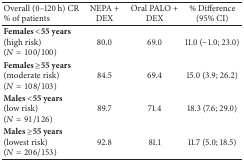
<table><thead><tr><td><b>Overall (0–120 h) CR % of patients </b></td><td><b>NEPA + DEX </b></td><td><b>Oral PALO + DEX</b></td><td><b>% Difference (95% CI)</b></td></tr></thead><tbody><tr><td><b>Females &lt;55 years</b> (high risk)(<i>N</i> = 100/100)</td><td>80.0</td><td>69.0</td><td>11.0 (−1.0; 23.0)</td></tr><tr><td><b>Females ≥55 years</b> (moderate risk)(<i>N</i> = 108/103)</td><td>84.5</td><td>69.4</td><td>15.0 (3.9; 26.2)</td></tr><tr><td><b>Males &lt;55 years</b>(low risk) (<i>N</i> = 91/126)</td><td>89.7</td><td>71.4</td><td>18.3 (7.6; 29.0)</td></tr><tr><td><b>Males ≥55 years</b>(lowest risk)(<i>N</i> = 206/153)</td><td>92.8</td><td>81.1</td><td>11.7 (5.0; 18.5)</td></tr></tbody></table>